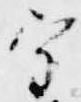
宗